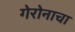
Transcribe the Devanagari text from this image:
गेरोनाचा